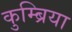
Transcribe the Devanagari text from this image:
कुम्ब्रिया